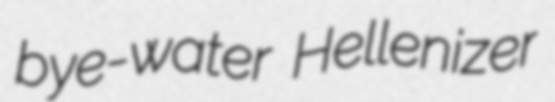
bye-water Hellenizer